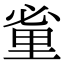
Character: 𨤩